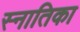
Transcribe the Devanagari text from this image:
स्नातिका